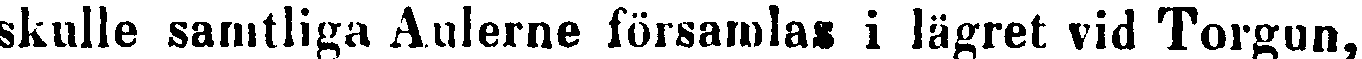
skulle samtliga Aulerne församlas i lägret vid Torgun,